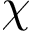
\chi